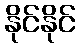
နိုင်နိုင်